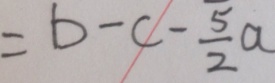
= b - c - \frac { 5 } { 2 } a